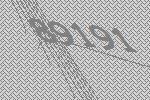
89191